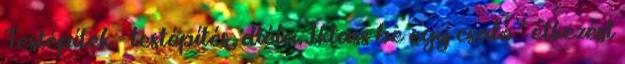
Testépítek - testépítés, diéta. Iktass be egy csaló” étkezést